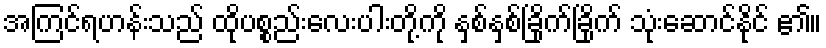
အကြင်ရဟန်းသည် ထိုပစ္စည်းလေးပါးတို့ကို နှစ်နှစ်ခြိုက်ခြိုက် သုံးဆောင်နိုင် ၏။